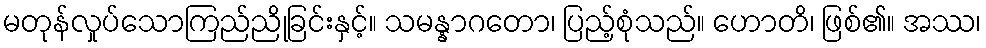
မတုန်လှုပ်သောကြည်ညိုခြင်းနှင့်။ သမန္နာဂတော၊ ပြည့်စုံသည်။ ဟောတိ၊ ဖြစ်၏။ အဿ၊